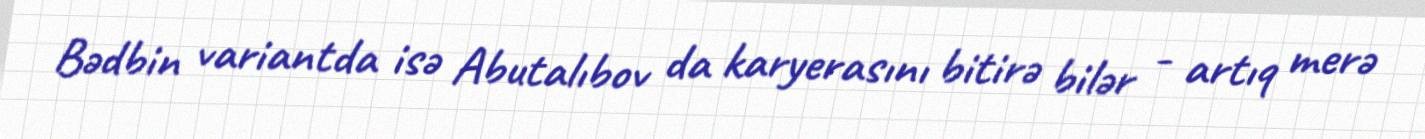
Bədbin variantda isə Abutalıbov da karyerasını bitirə bilər - artıq merə